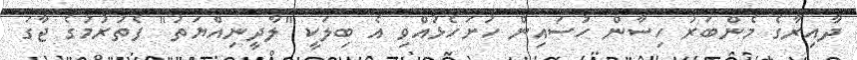
ދާއިރާގެ މެންބަރު ހިސާން ހުސައިން ހުށަހެޅުއްވި އެ ބިލަކީ "ލާދީނިއްޔަތު" ފެތުރުމުގެ ޖާގަ